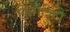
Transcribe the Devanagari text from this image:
किंगशिप